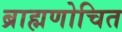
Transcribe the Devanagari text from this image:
ब्राह्मणोचित